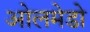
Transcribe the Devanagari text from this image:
ओलमेडो